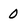
Character: 0